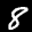
Label: 8